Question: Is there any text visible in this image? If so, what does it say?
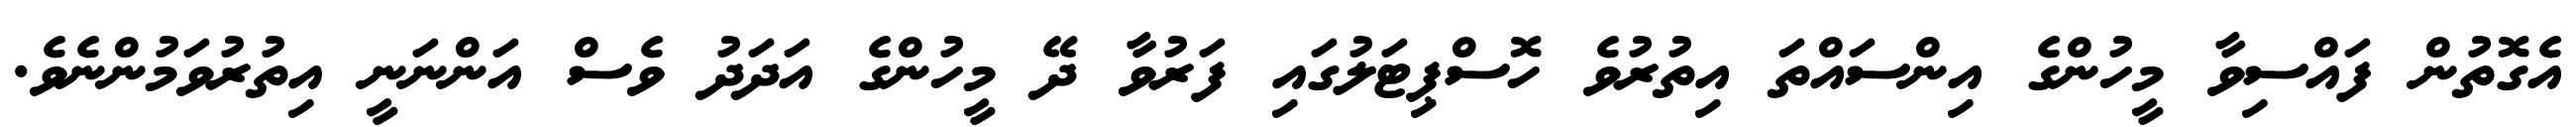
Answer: އެގޮތުން ފައްސިވާ މީހުންގެ އިންސައްތަ އިތުރުވެ ހޮސްޕިޓަލުގައި ފަރުވާ ދޭ މީހުންގެ އަދަދު ވެސް އަންނަނީ އިތުރުވަމުންނެވެ.